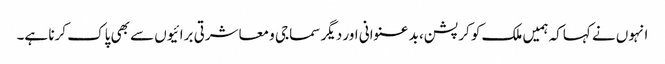
انہوں نے کہاکہ ہمیں ملک کو کرپشن، بد عنوانی اور دیگر سماجی و معاشرتی برائیوں سے بھی پاک کرنا ہے۔